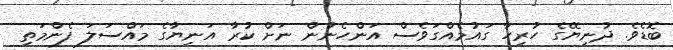
ބޮޑެވެ. ދުނިޔޭގެ ހުރިހާ ގައުމެއްގަވެސް އަންހެނުން ނަށް ކުރާ އަނިޔާގެ މައްސަލަ ފެންމަތި